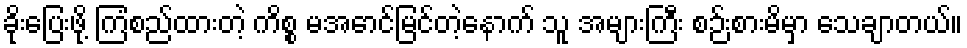
ခိုးပြေးဖို့ ကြံစည်ထားတဲ့ ကိစ္စ မအောင်မြင်တဲ့နောက် သူ အများကြီး စဉ်းစားမိမှာ သေချာတယ်။